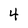
Character: 4